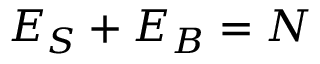
E _ { S } + E _ { B } = N